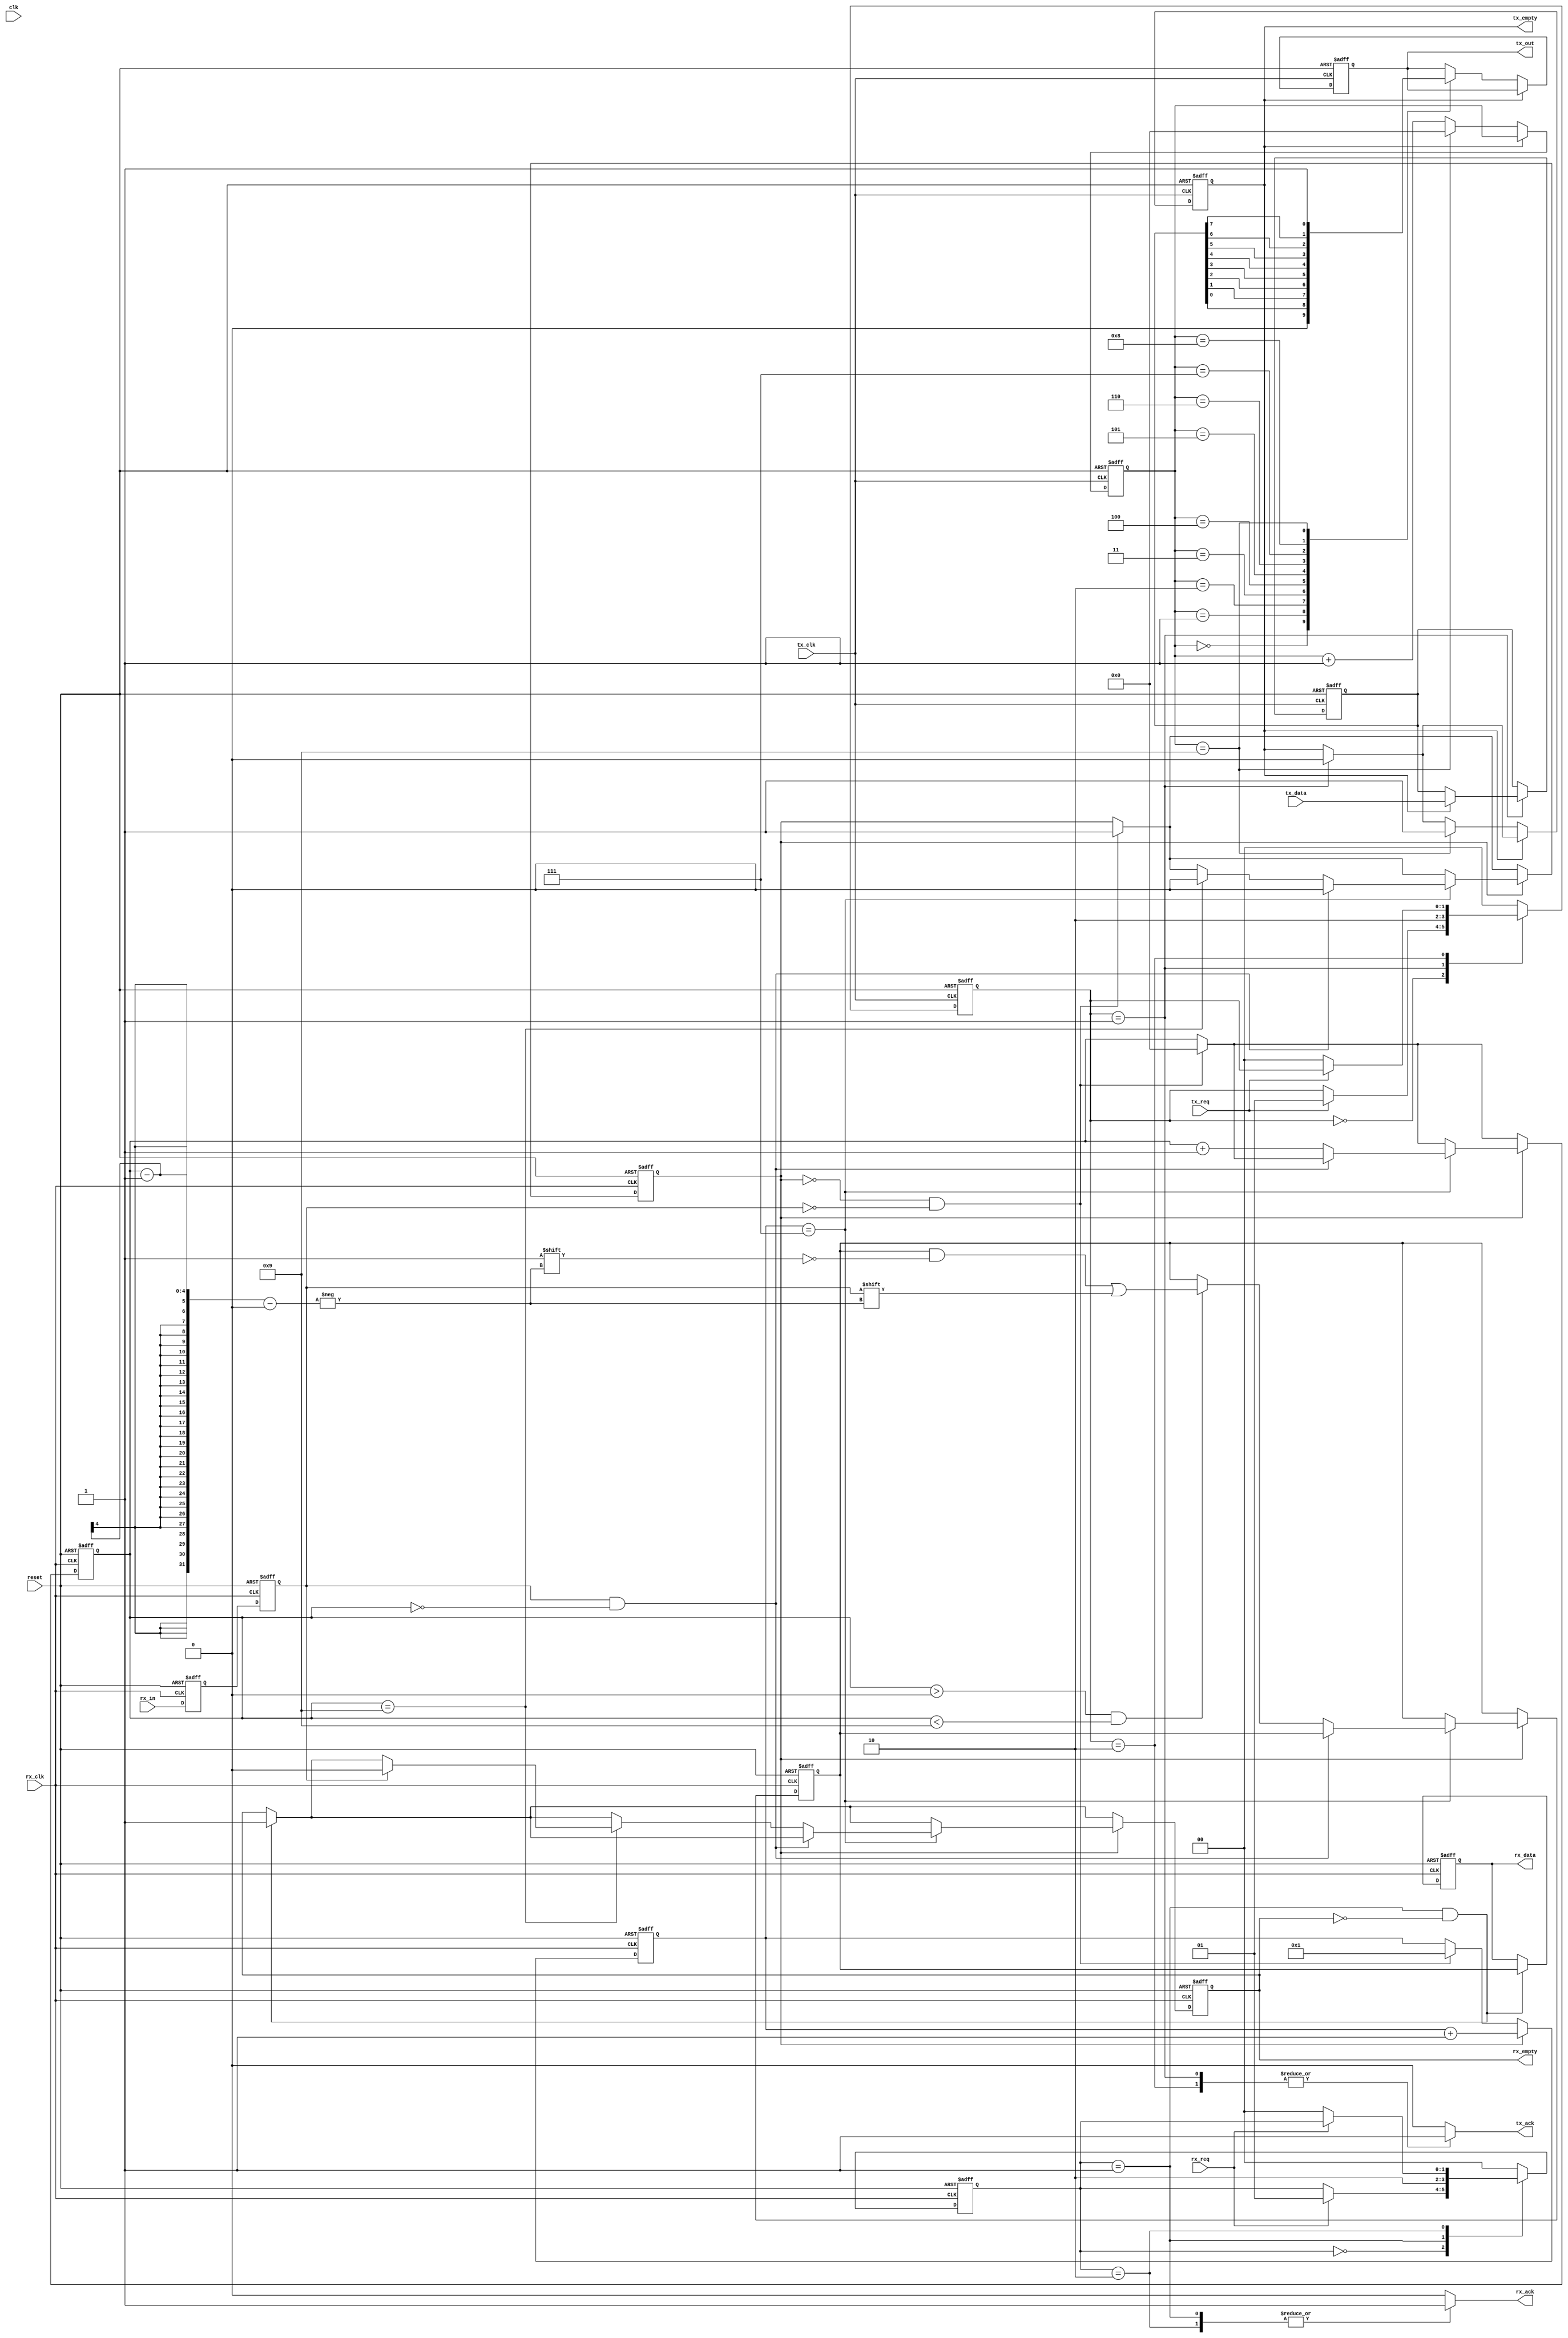
// uart.v
// simple low speed async uart for RS-232
// brad@heeltoe.com 2009-2010

module uart(clk, reset,
	    tx_clk, tx_req, tx_ack, tx_data, tx_empty,
	    rx_clk, rx_req, rx_ack, rx_data, rx_empty,
	    rx_in, tx_out);
   
   input        clk;
   input        reset;
   input        tx_clk;
   input        tx_req;
   output 	tx_ack;
   input [7:0] 	tx_data;
   output       tx_out;
   output       tx_empty;
   input        rx_clk;
   input        rx_req;
   output 	rx_ack;
   output [7:0] rx_data;
   input        rx_in;
   output       rx_empty;

//   input        tx_enable;
//   input        rx_enable;

   reg 		tx_ack;
   reg 		rx_ack;
 		
   reg [7:0] 	tx_reg;
   reg          tx_empty;
   reg          tx_over_run;
   reg [3:0] 	tx_cnt;
   reg          tx_out;
   reg [7:0] 	rx_reg;
   reg [7:0] 	rx_data;
   reg [3:0] 	rx_sample_cnt;
   reg [3:0] 	rx_cnt;  
   reg          rx_frame_err;
   reg          rx_over_run;
   reg          rx_empty;
   reg          rx_d1;
   reg          rx_d2;
   reg          rx_busy;

   reg [1:0]	rx_uld;
   reg [1:0] 	rx_uld_next;
   
   reg [1:0]	tx_ld;
   reg [1:0] 	tx_ld_next;

   // require rx_req to deassert before sending next char
   always @(posedge rx_clk or posedge reset)
     if (reset)
       rx_uld <= 2'b00;
     else
       rx_uld <= rx_uld_next;

   always @(rx_req or rx_uld)
     begin
	rx_uld_next = rx_uld;
	rx_ack = 0;
	case (rx_uld)
	  2'b00:
	    if (rx_req)
	      rx_uld_next = 2'b01;
	  2'b01: begin
	     rx_ack = 1;
	     rx_uld_next = 2'b10;
	    end
	  2'b10: begin
	     rx_ack = 1;
	     if (~rx_req)
	       rx_uld_next = 2'b00;
	    end
	  default:
	    rx_uld_next = 2'b00;
	endcase
     end

   wire uld_rx_data;
   assign uld_rx_data = rx_uld == 2'b01;
   
   // require tx_ld_req to deassert before accepting next char
   always @(posedge tx_clk or posedge reset)
     if (reset)
       tx_ld <= 2'b00;
     else
       tx_ld <= tx_ld_next;

   always @(tx_req or tx_ld)
     begin
	tx_ld_next = tx_ld;
	tx_ack = 0;
	case (tx_ld)
	  2'b00:
	    if (tx_req)
	      tx_ld_next = 2'b01;
	  2'b01: begin
	     tx_ack = 1;
	     tx_ld_next = 2'b10;
	    end
	  2'b10: begin
	     tx_ack = 1;
	     if (~tx_req) tx_ld_next = 2'b00;
	    end
	  default:
	    tx_ld_next = 2'b00;
	endcase
     end
   
   wire ld_tx_data;
   assign ld_tx_data = tx_ld == 2'b01;
   
   
   // uart rx
   always @(posedge rx_clk or posedge reset)
     if (reset)
       begin
	  rx_reg <= 0; 
	  rx_data <= 0;
	  rx_sample_cnt <= 0;
	  rx_cnt <= 0;
	  rx_frame_err <= 0;
	  rx_over_run <= 0;
	  rx_empty <= 1;
	  rx_d1 <= 1;
	  rx_d2 <= 1;
	  rx_busy <= 0;
       end
     else
       begin
	  // synchronize the asynch signal
	  rx_d1 <= rx_in;
	  rx_d2 <= rx_d1;

	  // uload the rx data
	  if (uld_rx_data && ~rx_empty)
	    begin
	       rx_data <= rx_reg;
	       rx_empty <= 1;
	  end

	  // receive data only when rx is enabled
	  if (1/*rx_enable*/)
	    begin
	       // check if just received start of frame
	       if (!rx_busy && !rx_d2)
		 begin
		    rx_busy <= 1;
		    rx_sample_cnt <= 1;
		    rx_cnt <= 0;
		 end
	       
	       // start of frame detected
	       if (rx_busy)
		 begin
		    rx_sample_cnt <= rx_sample_cnt + 4'd1;
		    
		    // sample at middle of data
		    if (rx_sample_cnt == 7)
		      begin
			 if ((rx_d2 == 1) && (rx_cnt == 0))
			   rx_busy <= 0;
			 else
			   begin
			      rx_cnt <= rx_cnt + 4'd1; 

			      // start storing the rx data
			      if (rx_cnt > 0 && rx_cnt < 9)
				   rx_reg[rx_cnt - 1] <= rx_d2;

			      if (rx_cnt == 4'd9)
				begin
				   //$display("rx_cnt %d, rx_reg %o",
				   //  rx_cnt, rx_reg);
				   
				   rx_busy <= 0;

				   // check if end of frame received correctly
				   if (rx_d2 == 0)
				     rx_frame_err <= 1;
				   else
				     begin
					rx_empty <= 0;
					rx_frame_err <= 0;

					// check for overrun
					rx_over_run <= (rx_empty) ?
							 1'b0 : 1'b1;
				     end
				end
			   end
		      end 
		 end 
	    end

//	  if (!rx_enable)
//	    rx_busy <= 0;
       end

    // uart tx
    always @ (posedge tx_clk or posedge reset)
      if (reset)
	begin
	   tx_empty <= 1'b1;
	   tx_out <= 1'b1;
	   tx_cnt <= 4'b0;

	   tx_reg <= 0;
	   tx_over_run <= 0;
	end
      else
	begin
   	   if (ld_tx_data)
	     begin
		if (!tx_empty)
		  tx_over_run <= 1;
		else
		  begin
`ifdef sim_time
		     $display("uart: tx_data %o", tx_data);
`endif
		     tx_reg <= tx_data;
		     tx_empty <= 0;
		  end
	     end

	  if (/*tx_enable &&*/!tx_empty)
	    begin
	       tx_cnt <= tx_cnt + 4'b1;

`ifdef sim_time
	       case (tx_cnt)
		 4'd0: $display("tx: start");
		 4'd1: $display("tx: %b", tx_reg[0]);
		 4'd2: $display("tx: %b", tx_reg[1]);
		 4'd3: $display("tx: %b", tx_reg[2]);
		 4'd4: $display("tx: %b", tx_reg[3]);
		 4'd5: $display("tx: %b", tx_reg[4]);
		 4'd6: $display("tx: %b", tx_reg[5]);
		 4'd7: $display("tx: %b", tx_reg[6]);
		 4'd8: $display("tx: %b", tx_reg[7]);
		 4'd9: $display("tx: done");
		 default: ;
	       endcase
`endif
	       
	       case (tx_cnt)
		 4'd0: tx_out <= 0;
		 4'd1: tx_out <= tx_reg[0];
		 4'd2: tx_out <= tx_reg[1];
		 4'd3: tx_out <= tx_reg[2];
		 4'd4: tx_out <= tx_reg[3];
		 4'd5: tx_out <= tx_reg[4];
		 4'd6: tx_out <= tx_reg[5];
		 4'd7: tx_out <= tx_reg[6];
		 4'd8: tx_out <= tx_reg[7];
		 4'd9: begin
		    tx_out <= 1;
		    tx_cnt <= 0;
		    tx_empty <= 1;
		 end
		 default: ;
	       endcase
	    end

//	  if (!tx_enable)
//	    tx_cnt <= 0;
	end
   
endmodule